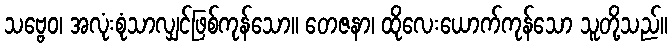
သဗ္ဗေဝ၊ အလုံးစုံသာလျှင်ဖြစ်ကုန်သော။ တေဇနာ၊ ထိုလေးယောက်ကုန်သော သူတို့သည်။